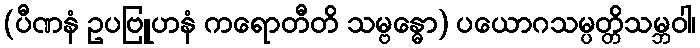
(ပီဏနံ ဥပဗြူဟနံ ကရောတီတိ သမ္ဗန္ဓော) ပယောဂသမ္ပတ္တိသမ္ဘဝါ၊